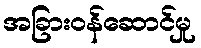
အခြားဝန်ဆောင်မှု